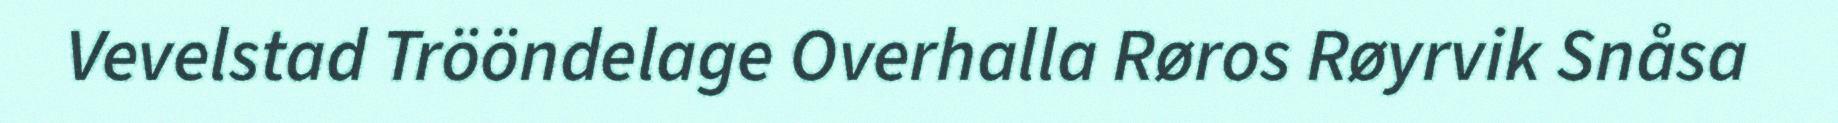
Vevelstad Trööndelage Overhalla Røros Røyrvik Snåsa